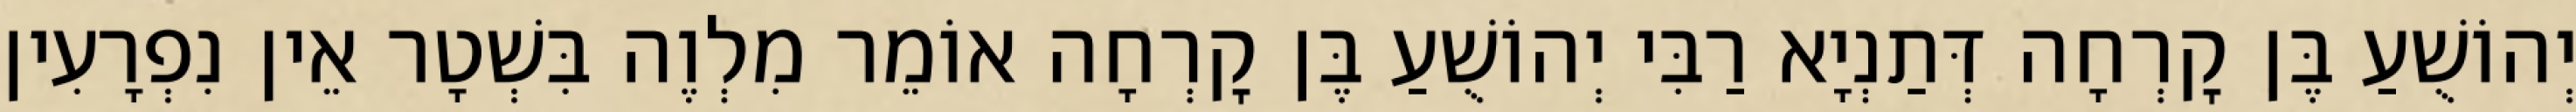
יְהוֹשֻׁעַ בֶּן קׇרְחָה דְּתַנְיָא רַבִּי יְהוֹשֻׁעַ בֶּן קׇרְחָה אוֹמֵר מִלְוֶה בִּשְׁטָר אֵין נִפְרָעִין